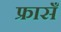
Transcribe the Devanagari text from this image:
फ्रासँ